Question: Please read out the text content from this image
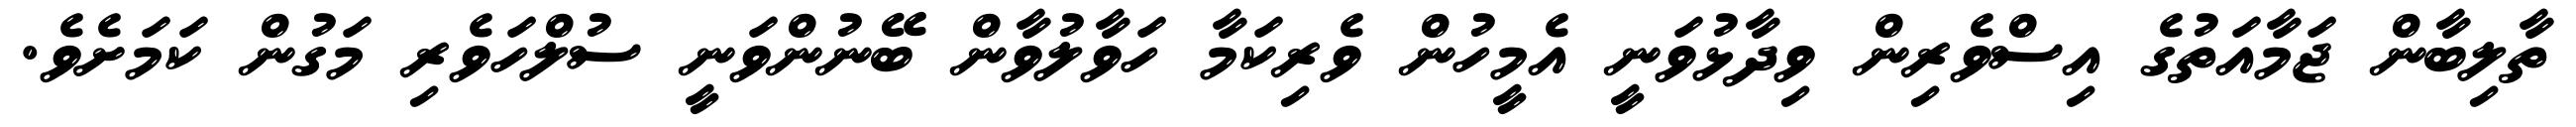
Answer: ތާލިބާން ޖަމާއަތުގެ އިސްވެރިން ވިދާޅުވަނީ އެމީހުން ވެރިކަމާ ހަވާލުވާން ބޭނުންވަނީ ސުލްހަވެރި މަގުން ކަމަށެވެ.